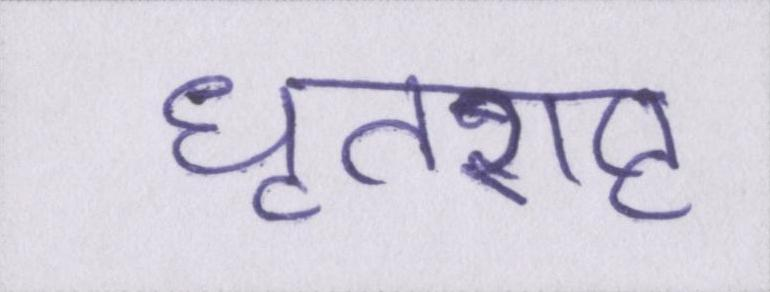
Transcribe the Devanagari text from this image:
धृतराष्ट